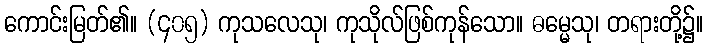
ကောင်းမြတ်၏။ (၄၀၅) ကုသလေသု၊ ကုသိုလ်ဖြစ်ကုန်သော။ ဓမ္မေသု၊ တရားတို့၌။